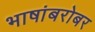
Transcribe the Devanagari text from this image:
भाषांबरोबर